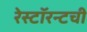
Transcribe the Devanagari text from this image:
रेस्टॉरन्टची